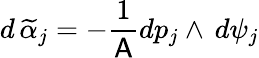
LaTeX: d\, \widetilde{\alpha}_{j}=-\frac{1}{\mathsf{A}}dp_{j}\wedge\, d\psi_{j}